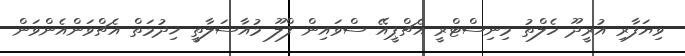
ވިޔަފާރި އުރީދޫ ހެލްތު މިނިސްޓްރީ އެޗްޕީއޭ ސްވައިން ފްލޫ މުއާސަލާތީ ޚިދުމަތް އެޗްވަންއެންވަން